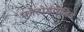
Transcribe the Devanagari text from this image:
फोटोडीग्रेडिड